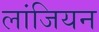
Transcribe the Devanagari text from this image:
लांजियन